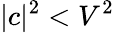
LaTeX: |c|^{2}<V^{2}